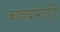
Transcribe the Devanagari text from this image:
काढण्यासाठीही